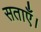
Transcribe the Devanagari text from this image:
सताएँ।